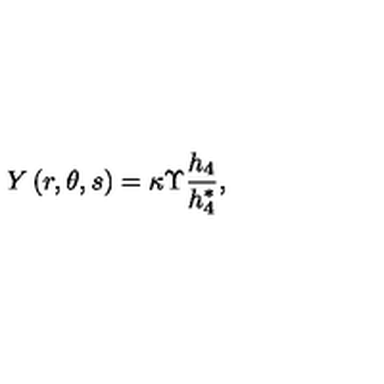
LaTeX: Y \left( r , \theta , s \right) = \kappa \Upsilon \frac { h _ { 4 } } { h _ { 4 } ^ { * } } ,